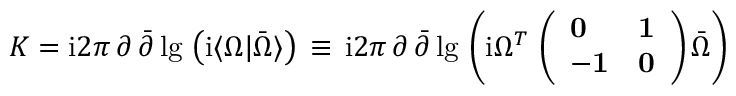
K = { \o \mathrm { i } { 2 \pi } } \, \partial \, { \bar { \partial } } \, \mathrm { l g } \, \left( \mathrm { i } \langle \Omega \vert { \bar { \Omega } } \rangle \right) \, \equiv \, { \o \mathrm { i } { 2 \pi } } \, \partial \, { \bar { \partial } } \, \mathrm { l g } \, \left( \mathrm { i } \Omega ^ { T } \, \left( \begin{array} { l l } { { { \bf 0 } } } & { { { \bf 1 } } } \\ { { - { \bf 1 } } } & { { { \bf 0 } } } \end{array} \right) { \bar { \Omega } } \right)